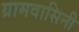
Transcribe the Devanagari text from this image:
ग्रामवासिनी